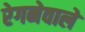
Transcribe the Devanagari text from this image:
रेगनेवाले